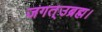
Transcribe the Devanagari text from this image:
जगत्उब्रह्म।